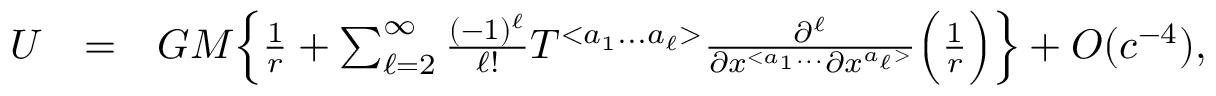
\begin{array} { r l r } { U } & { = } & { G M \Big \{ \frac { 1 } { r } + \sum _ { \ell = 2 } ^ { \infty } \frac { ( - 1 ) ^ { \ell } } { \ell ! } { \cal T } ^ { < a _ { 1 } . . . a _ { \ell } > } \frac { \partial ^ { \ell } } { \partial x ^ { < a _ { 1 } . . . } \partial x ^ { a _ { \ell } > } } \Big ( \frac { 1 } { r } \Big ) \Big \} + { \cal O } ( c ^ { - 4 } ) , } \end{array}